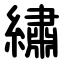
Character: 繡